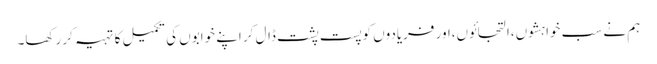
ہم نے سب خواہشوں،التجائوں،اور فریادوں کو پست پشت ڈال کر اپنے خوابوں کی تکمیل کا تہیہ کر رکھا۔